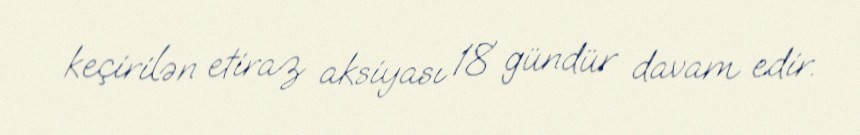
keçirilən etiraz aksiyası 18 gündür davam edir.